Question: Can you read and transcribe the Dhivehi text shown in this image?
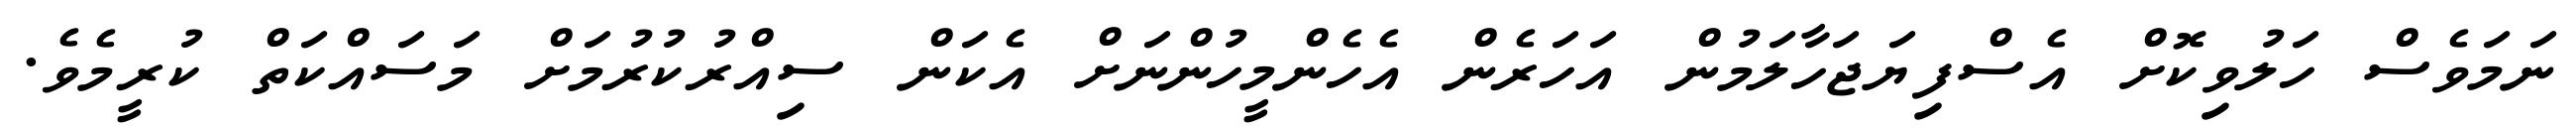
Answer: ނަމަވެސް ހަލުވިކޮށް އެސްފިޔަޖަހާލަމުން އަހަރެން އެހެންމީހުންނަށް އެކަން ސިއްރުކުރުމަށް މަސައްކަތް ކުރީމެވެ.